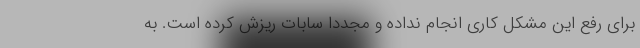
برای رفع این مشکل کاری انجام نداده و مجددا سابات ریزش کرده است. به